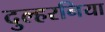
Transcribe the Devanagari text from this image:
दुल्हरनिया